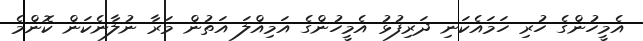
އެމީހުންގެ ހުރި ހަމައެކަނި ދަރިފުޅު އެމީހުންގެ އަމިއްލަ އަތުން މަރާ ނުލާނެކަން ކޮންމެ